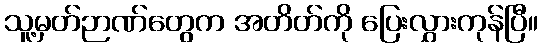
သူ့မှတ်ဉာဏ်တွေက အတိတ်ကို ပြေးလွှားကုန်ပြီ။